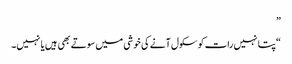
”
“پتا نہیں رات کو سکول آنے کی خوشی میں سوتے بھی ہیں یا نہیں۔